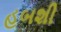
હબશી